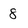
Character: 8